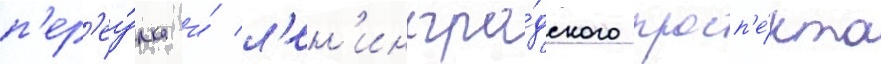
п'ер'еу́лка и́ л'ен'ингра́дского просп'е́кта